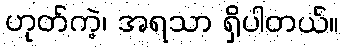
ဟုတ်ကဲ့၊ အရသာ ရှိပါတယ်။